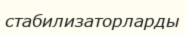
стабилизаторларды